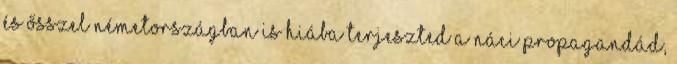
és ősszel Németországban is Hiába terjeszted a náci propagandád,